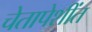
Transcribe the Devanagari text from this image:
चेतापेशींत